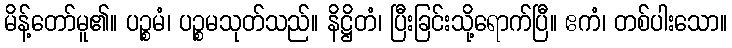
မိန့်တော်မူ၏။ ပဉ္စမံ၊ ပဉ္စမသုတ်သည်။ နိဋ္ဌိတံ၊ ပြီးခြင်းသို့ရောက်ပြီ။ ဧကံ၊ တစ်ပါးသော။